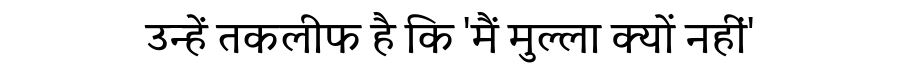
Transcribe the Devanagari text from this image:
उन्हें तकलीफ है कि 'मैं मुल्ला क्यों नहीं'